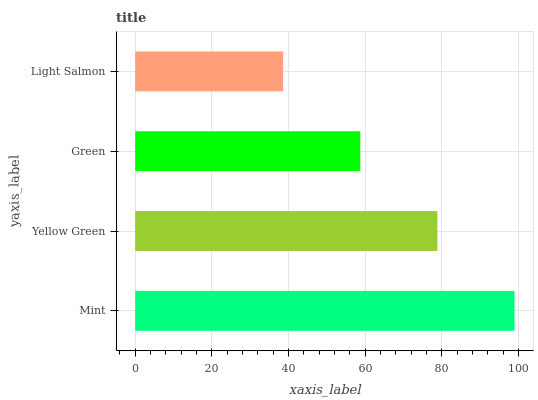
| yaxis_label | bars |
 | --- | --- |
 | Mint | 99 |
 | Yellow Green | 78.9 |
 | Green | 58.7 |
 | Light Salmon | 38.6 |